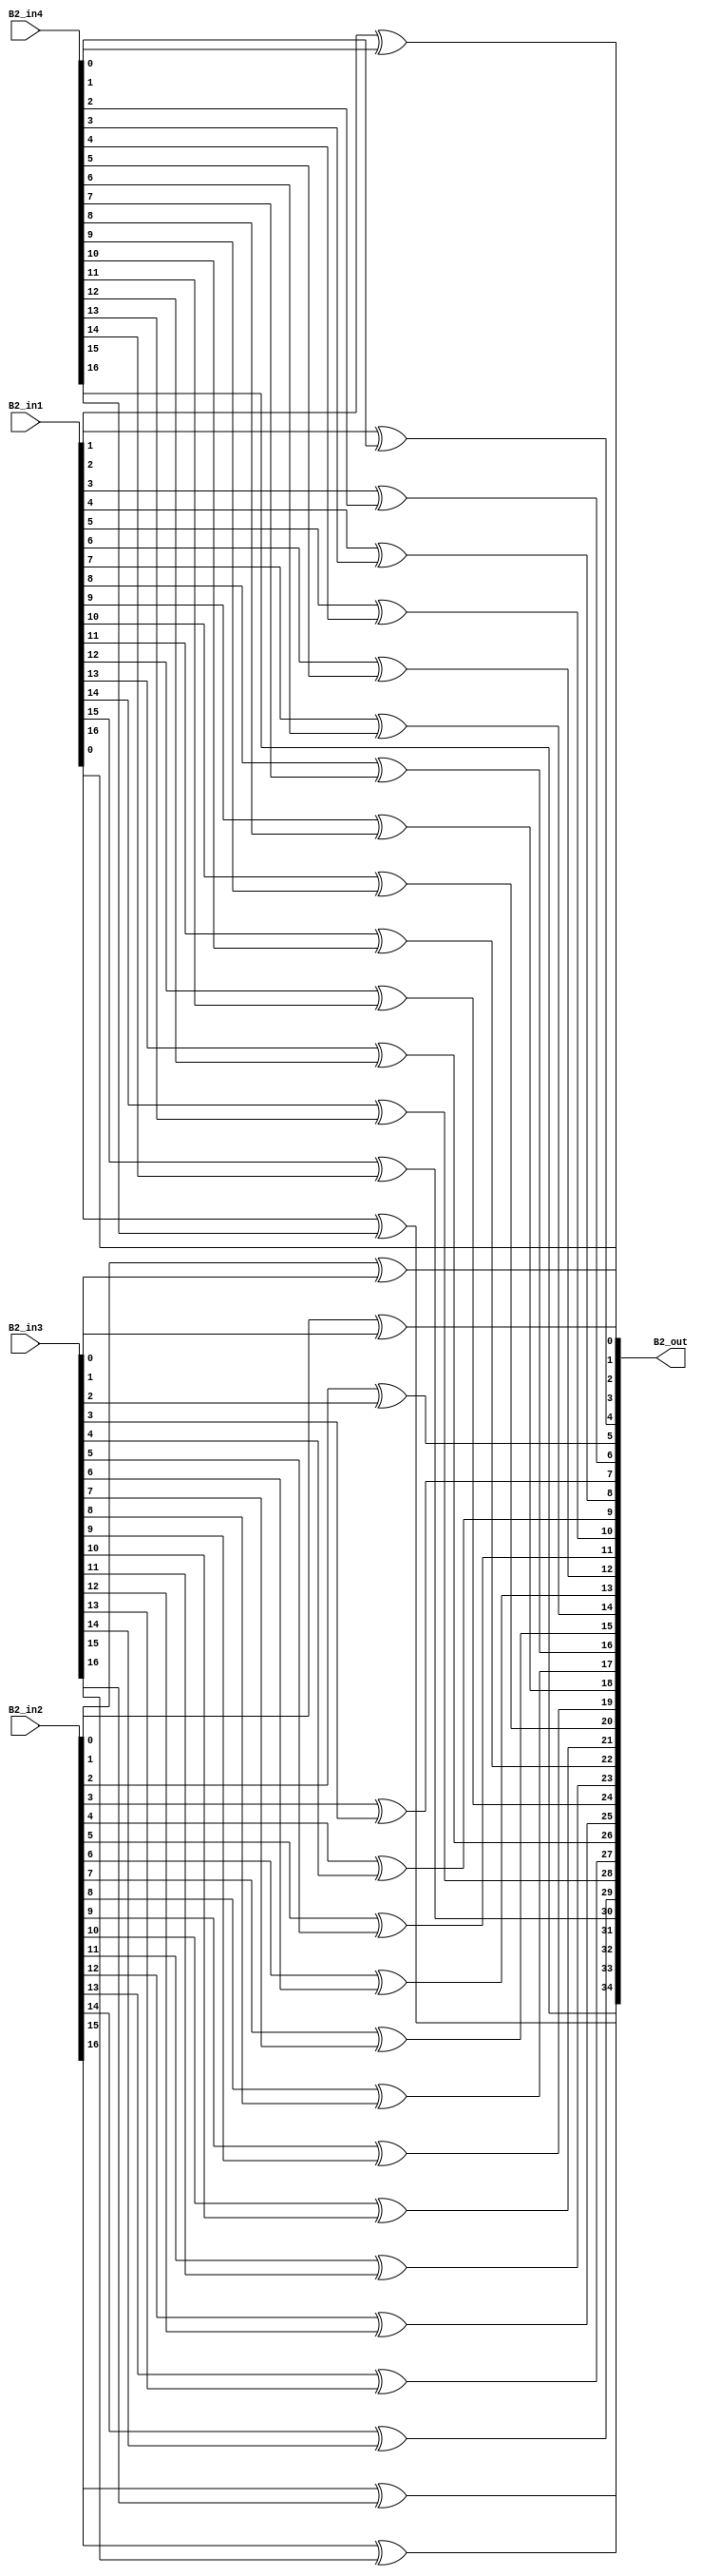
module overlap_module_17bit(
    B2_in1,
    B2_in2,
    B2_in3,
    B2_in4,
    B2_out
    );


parameter n = 18;

input [n-2:0] B2_in1;
input [n-2:0] B2_in2;
input [n-2:0] B2_in3;
input [n-2:0] B2_in4;

output [2*n-2:0] B2_out;

assign B2_out[0] = B2_in1[0];

assign B2_out[2] = B2_in1[1]^B2_in4[0];

assign B2_out[4] = B2_in1[2]^B2_in4[1];

assign B2_out[6] = B2_in1[3]^B2_in4[2];

assign B2_out[8] = B2_in1[4]^B2_in4[3];

assign B2_out[10] = B2_in1[5]^B2_in4[4];

assign B2_out[12] = B2_in1[6]^B2_in4[5];

assign B2_out[14] = B2_in1[7]^B2_in4[6];

assign B2_out[16] = B2_in1[8]^B2_in4[7];

assign B2_out[1] = B2_in2[0]^B2_in3[0];

assign B2_out[3] = B2_in2[1]^B2_in3[1];

assign B2_out[5] = B2_in2[2]^B2_in3[2];

assign B2_out[7] = B2_in2[3]^B2_in3[3];

assign B2_out[9] = B2_in2[4]^B2_in3[4];

assign B2_out[11] = B2_in2[5]^B2_in3[5];

assign B2_out[13] = B2_in2[6]^B2_in3[6];

assign B2_out[15] = B2_in2[7]^B2_in3[7];

assign B2_out[17] = B2_in2[8]^B2_in3[8];

assign B2_out[19] = B2_in2[9]^B2_in3[9];

assign B2_out[21] = B2_in2[10]^B2_in3[10];

assign B2_out[23] = B2_in2[11]^B2_in3[11];

assign B2_out[25] = B2_in2[12]^B2_in3[12];

assign B2_out[27] = B2_in2[13]^B2_in3[13];

assign B2_out[29] = B2_in2[14]^B2_in3[14];

assign B2_out[31] = B2_in2[15]^B2_in3[15];

assign B2_out[33] = B2_in2[16]^B2_in3[16];

assign B2_out[18] = B2_in1[9]^B2_in4[8];

assign B2_out[20] = B2_in1[10]^B2_in4[9];

assign B2_out[22] = B2_in1[11]^B2_in4[10];

assign B2_out[24] = B2_in1[12]^B2_in4[11];

assign B2_out[26] = B2_in1[13]^B2_in4[12];

assign B2_out[28] = B2_in1[14]^B2_in4[13];

assign B2_out[30] = B2_in1[15]^B2_in4[14];

assign B2_out[32] = B2_in1[16]^B2_in4[15];

assign B2_out[34] = B2_in4[16];

endmodule